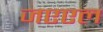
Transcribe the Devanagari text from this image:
जएएल